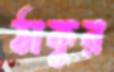
ঠাকুর